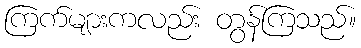
ကြက်များကလည်း တွန်ကြသည်။